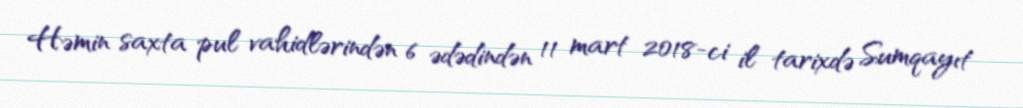
Həmin saxta pul vahidlərindən 6 ədədindən 11 mart 2018-ci il tarixdə Sumqayıt